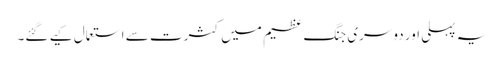
یہ پہلی اور دوسری جنگ عظیم میں کثرت سے استعمال کیے گئے۔